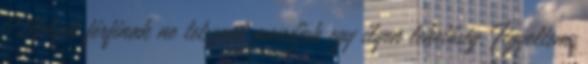
Melyik férfinak ne tetszene mondjuk egy ilyen lehetőség. Figyeltem,